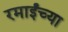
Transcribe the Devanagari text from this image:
रमाईंच्या